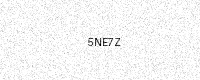
Text: 5NE7Z